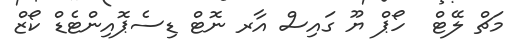
މަޗް ލޭޓް  ހޯޕް ޔޫ ގައިސް އާރ ނޮޓް ޑިސެޕޮއިންޓެޑް ކޯޒް